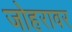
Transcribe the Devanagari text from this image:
जोहरावर